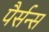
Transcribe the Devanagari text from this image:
पैर्सन्स